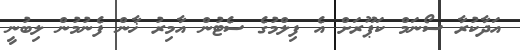
އަދާކުރާ ސޯނަމް ކަޕޫރަށް އެ ފިލްމުގެ ސެޓުން އާމިރު ޚާން ފެނުމުން ލިބުނީ